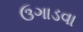
ઉગાડવા